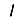
Digit: 1